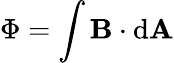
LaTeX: \Phi=\int\mathbf{B}\cdot\mathrm{d}\mathbf{A}